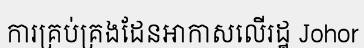
ការគ្រប់គ្រងដែនអាកាសលើរដ្ឋ Johor